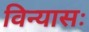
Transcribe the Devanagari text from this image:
विन्यासः